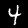
Label: 4